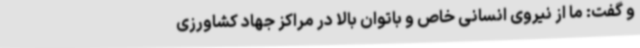
و گفت: ما از نیروی انسانی خاص و باتوان بالا در مراکز جهاد کشاورزی